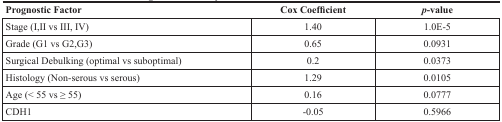
| Prognostic Factor | Cox Coefficient | p-value |
 | --- | --- | --- |
 | Stage (I, II vs III, IV) | 1.40 | 1.0E-5 |
 | Grade (G1 vs G2, G3) | 0.65 | 0.0931 |
 | Surgical Debulking (optimal vs suboptimal) | 0.2 | 0.0373 |
 | Histology (Non-serous vs serous) | 1.29 | 0.0105 |
 | Age (< 55 vs ≥ 55) | 0.16 | 0.0777 |
 | CDH1 | −0.05 | 0.5966 |